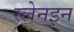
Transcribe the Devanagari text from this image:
स्लेनइन